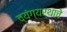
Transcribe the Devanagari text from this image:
व्यंग्यर्थाचे